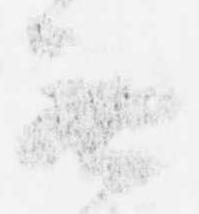
無